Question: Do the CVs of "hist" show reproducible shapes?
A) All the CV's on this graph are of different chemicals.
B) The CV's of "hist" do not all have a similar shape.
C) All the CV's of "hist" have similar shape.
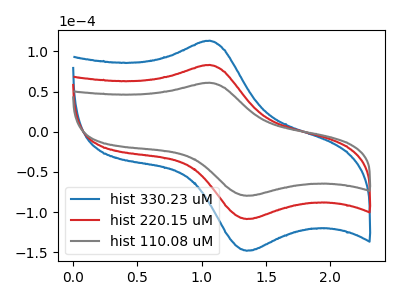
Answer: <think>The blue curve "hist 330.23 uM" has an anodic peak at (1.05V, 166.15uA) and a cathodic peak at (1.35V, -217.25uA). The red curve "hist 220.15 uM" has an anodic peak at (1.05V, 83.05uA) and a cathodic peak at (1.35V, -108.65uA). The gray curve "hist 110.08 uM" has an anodic peak at (1.05V, 60.95uA) and a cathodic peak at (1.35V, -79.70uA).
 All the peaks in "hist 330.23 uM" have a peak in "hist 220.15 uM" at the same potential. Every peak in "hist 330.23 uM" is higher than every peak in "hist 220.15 uM". All the peaks in "hist 330.23 uM" have a peak in "hist 110.08 uM" at the same potential. Every peak in "hist 330.23 uM" is higher than every peak in "hist 110.08 uM". All the peaks in "hist 220.15 uM" have a peak in "hist 110.08 uM" at the same potential. Every peak in "hist 220.15 uM" is higher than every peak in "hist 110.08 uM".</think>
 <answer>C) All the CV's of "hist" have similar shape.</answer>
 <eval>C</eval>